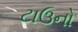
ટાઉનો